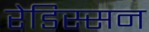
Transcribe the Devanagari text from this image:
रेडिस्सन